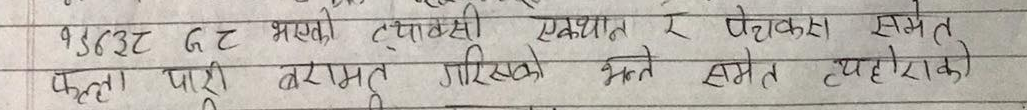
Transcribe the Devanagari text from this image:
१३४३२ ट G भएको ट्याक्सी एकथान र पेचकस समेत
फर्का पारी मरामत गरिएको भन्ने समेत व्यहोराको